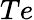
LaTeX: Te